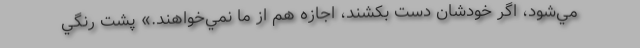
مي‌شود، اگر خودشان دست بكشند، اجازه هم از ما نمي‌خواهند.» پشت رنگي